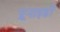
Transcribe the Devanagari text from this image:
प्रूनाइडी